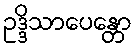
ဥဒ္ဒိသာပေန္တော